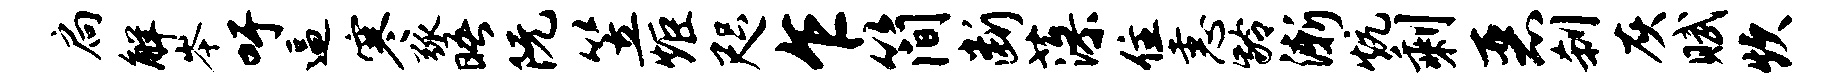
扃解岑吁逼寒弧晤阮笠炬咫乍简断藻住恚龄渐炕剩恶刹灰赋炊